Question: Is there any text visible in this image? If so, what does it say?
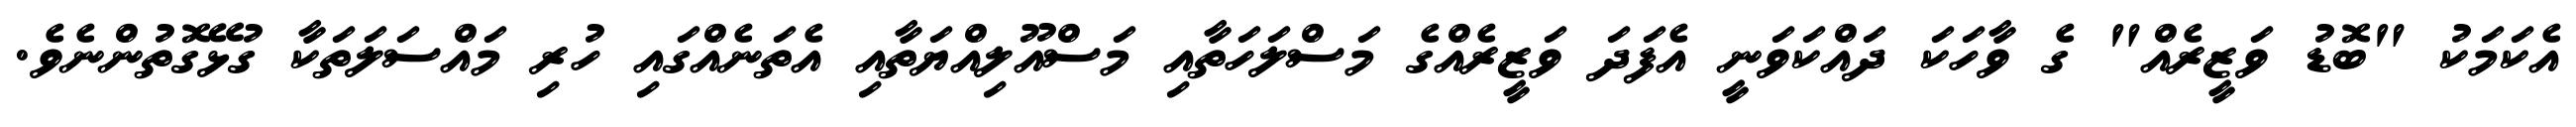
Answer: އެކަމަކު "ބޮޑު ވަޒީރެއް" ގެ ވާހަކަ ދައްކަވަނީ އެފަދަ ވަޒީރެއްގެ މަސްލަހަތާއި މަސްއޫލިއްޔަތާއި އެތަނެއްގައި ހުރި މައްސަލަތަކާ ގުޅޭގޮތުންނެވެ.